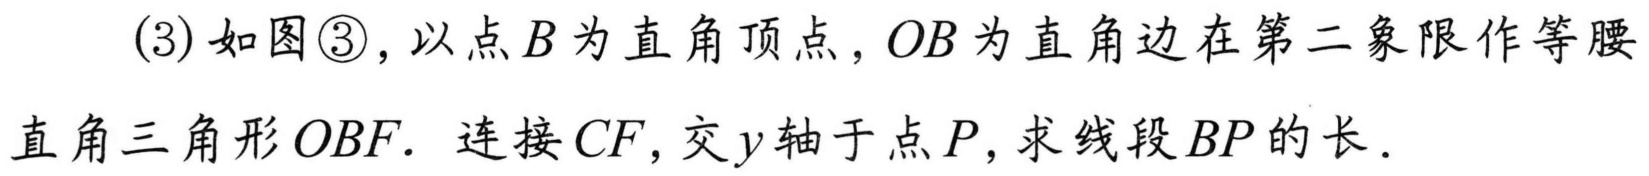
(3)如图\textcircled{3},以点\(B\)为直角顶点，\(OB\)为直角边在第二象限作等腰直角三角形\(OBF\). 连接\(CF\),交\(y\)轴于点\(P\),求线段\(BP\)的长.